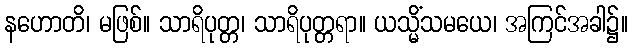
နဟောတိ၊ မဖြစ်။ သာရိပုတ္တ၊ သာရိပုတ္တရာ။ ယသ္မိံသမယေ၊ အကြင်အခါ၌။